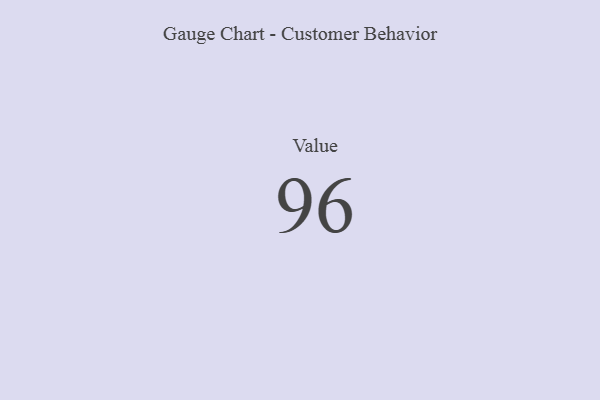
{"axis": {"x": "Metric", "y": "Value"}, "legend": [""], "data": [{"x": "Value", "y": 96, "type": ""}]}